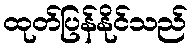
ထုတ်ပြန်နိုင်သည်